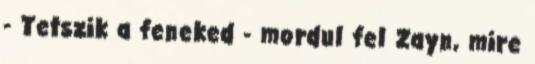
- Tetszik a feneked - mordul fel Zayn, mire